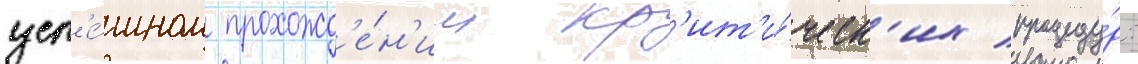
усп'е́шном прохожд'е́н'ии кр'ит'и́ческ'их процеду́р: